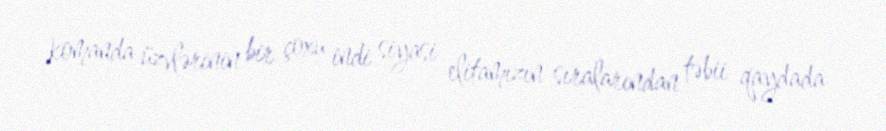
komanda üzvlərinin bir çoxu indi siyasi elitamızın sıralarından təbii qaydada